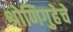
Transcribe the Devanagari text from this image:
श्रोणिगुहेचे